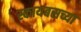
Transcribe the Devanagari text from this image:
स्कायबसच्या